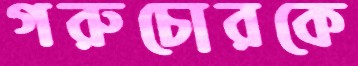
গরুচোরকে